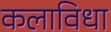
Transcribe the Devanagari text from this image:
कलाविधा